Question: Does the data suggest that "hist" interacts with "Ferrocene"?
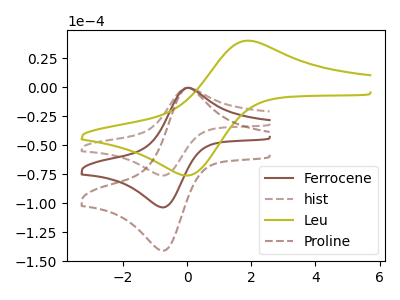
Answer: <think>The brown curve "Ferrocene" has an anodic peak at (0.05V, -0.35uA) and a cathodic peak at (-0.80V, -103.45uA). The brown dashed curve "hist" has an anodic peak at (0.05V, -0.25uA) and a cathodic peak at (-0.80V, -76.00uA). The olive curve "Leu" has an anodic peak at (1.90V, 40.35uA) and a cathodic peak at (0.00V, -76.05uA). The brown dashed curve "Proline" has an anodic peak at (0.05V, -0.70uA) and a cathodic peak at (-0.80V, -206.90uA).
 All the peaks in "hist" have a peak in "Ferrocene" at the same potential.</think>
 <answer>No, "hist" and "Ferrocene" don't appear to be significantly different in shape</answer>
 <eval>no_change</eval>